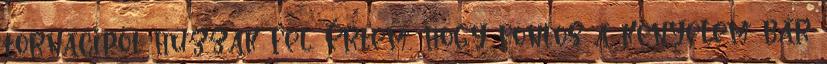
tornacipőt húzzak fel. Értem, hogy fontos a kényelem bár